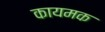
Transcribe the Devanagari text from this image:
कायमक